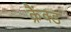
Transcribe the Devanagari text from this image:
क्रैंक्ड